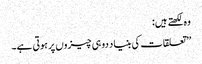
وہ لکھتے ہیں:
’’تعلقات کی بنیاد دو ہی چیزوں پر ہوتی ہے۔